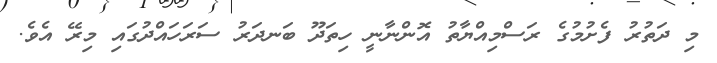
މި ދަތުރު ފެށުމުގެ ރަސްމިއްޔާތު އޮންނާނީ ހިތަދޫ ބަނދަރު ސަރަހައްދުގައި މިރޭ އެވެ.